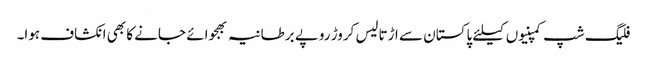
فلیگ شپ کمپنیوں کیلئے پاکستان سے اڑتالیس کروڑ روپے برطانیہ بھجوائے جانے کا بھی انکشاف ہوا۔